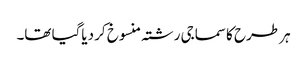
ہر طرح کا سماجی رشتہ منسوخ کر دیاگیا تھا۔